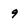
Character: 9